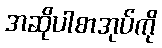
အဆိုပါစာအုပ်ကို